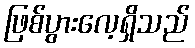
ဖြစ်ပွားလေ့ရှိသည်